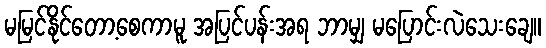
မမြင်နိုင်တော့စေကာမူ အပြင်ပန်းအရ ဘာမျှ မပြောင်းလဲသေးချေ။